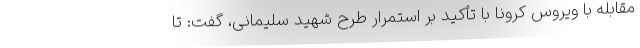
مقابله با ویروس کرونا با تأکید بر استمرار طرح شهید سلیمانی، گفت: تا